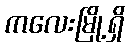
ကလေးမြို့ရှိ